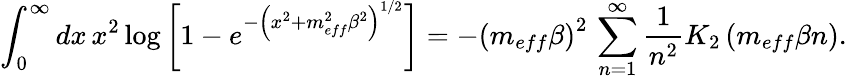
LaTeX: \int_{0}^{\infty}dx\, x^{2}\log\left[1-e^{-\left(x^{2}+m_{eff}^{2}\beta^{2}\right)^{1/2}}\right]=-\left(m_{eff}\beta\right)^{2}\, \sum_{n=1}^{\infty}\frac{1}{n^{2}}K_{2}\left(m_{eff}\beta n\right).